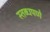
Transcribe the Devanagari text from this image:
स्तब्धपणे